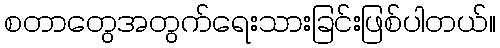
စတာတွေအတွက်ရေးသားခြင်းဖြစ်ပါတယ်။